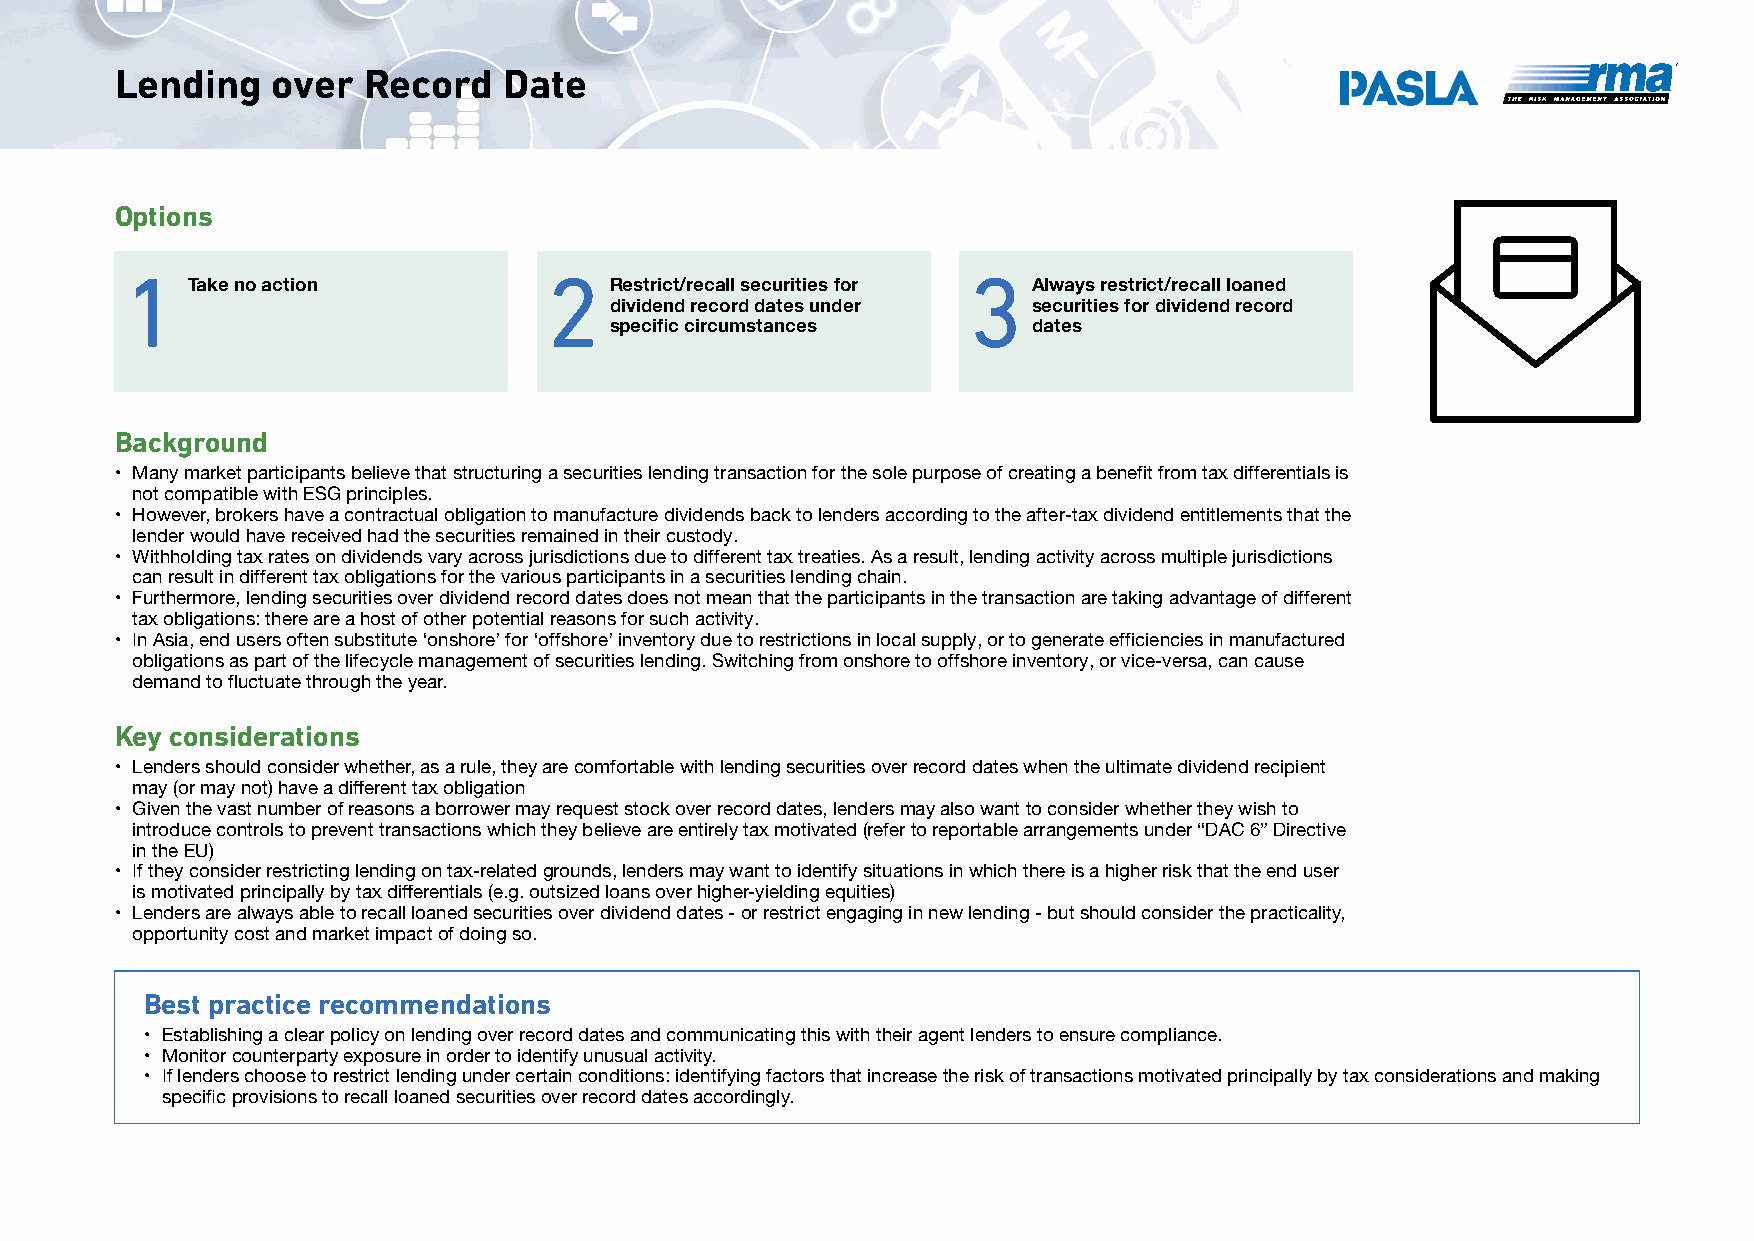
Lending   over  Record   Date
 Options
 1                           2                           3
 Take no action              Restrict/recall securities for Always restrict/recall loaned
 dividend record dates under securities for dividend record
 specific circumstances      dates
 Background
 • Many market participants believe that structuring a securities lending transaction for the sole purpose of creating a benefit from tax differentials is
 not compatible with ESG principles.
 • However, brokers have a contractual obligation to manufacture dividends back to lenders according to the after-tax dividend entitlements that the
 lender would have received had the securities remained in their custody.
 • Withholding tax rates on dividends vary across jurisdictions due to different tax treaties. As a result, lending activity across multiple jurisdictions
 can result in different tax obligations for the various participants in a securities lending chain.
 • Furthermore, lending securities over dividend record dates does not mean that the participants in the transaction are taking advantage of different
 tax obligations: there are a host of other potential reasons for such activity.
 • In Asia, end users often substitute ‘onshore’ for ‘offshore’ inventory due to restrictions in local supply, or to generate efficiencies in manufactured
 obligations as part of the lifecycle management of securities lending. Switching from onshore to offshore inventory, or vice-versa, can cause
 demand to fluctuate through the year.
 Key considerations
 • Lenders should consider whether, as a rule, they are comfortable with lending securities over record dates when the ultimate dividend recipient
 may (or may not) have a different tax obligation
 • Given the vast number of reasons a borrower may request stock over record dates, lenders may also want to consider whether they wish to
 introduce controls to prevent transactions which they believe are entirely tax motivated (refer to reportable arrangements under “DAC 6” Directive
 in the EU)
 • If they consider restricting lending on tax-related grounds, lenders may want to identify situations in which there is a higher risk that the end user
 is motivated principally by tax differentials (e.g. outsized loans over higher-yielding equities)
 • Lenders are always able to recall loaned securities over dividend dates - or restrict engaging in new lending - but should consider the practicality,
 opportunity cost and market impact of doing so.
 Best practice recommendations
 • Establishing a clear policy on lending over record dates and communicating this with their agent lenders to ensure compliance.
 • Monitor counterparty exposure in order to identify unusual activity.
 • If lenders choose to restrict lending under certain conditions: identifying factors that increase the risk of transactions motivated principally by tax considerations and making
 specific provisions to recall loaned securities over record dates accordingly.